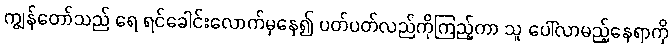
ကျွန်တော်သည် ရေ ရင်ခေါင်းလောက်မှနေ၍ ပတ်ပတ်လည်ကိုကြည့်ကာ သူ ပေါ်လာမည့်နေရာကို